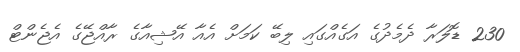
230 ޑޮލަރާ ދެމެދުގެ އަގެއްގައި ލިބޭ ކަމަށް އެއާ އޭޝިއާގެ ރާއްޖޭގެ އެޖެންޓް